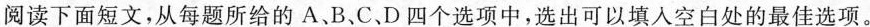
阅读下面短文,从每题所给的 A、B、C、D 四个选项中,选出可以填入空白处的最佳选项。